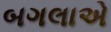
બગલાએ